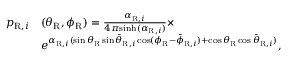
\begin{array} { r l } { p _ { \mathrm { R } , i } } & { ( \theta _ { \mathrm { R } } , \phi _ { \mathrm { R } } ) = \frac { \alpha _ { \mathrm { R } , i } } { 4 \pi \mathrm { s i n h } ( \alpha _ { \mathrm { R } , i } ) } \times } \\ & { e ^ { \alpha _ { \mathrm { R } , i } ( \sin \theta _ { \mathrm { R } } \sin \bar { \theta } _ { \mathrm { R } , i } \cos ( \phi _ { \mathrm { R } } - \bar { \phi } _ { \mathrm { R } , i } ) + \cos \theta _ { \mathrm { R } } \cos \bar { \theta } _ { \mathrm { R } , i } ) } , } \end{array}